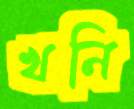
খনি